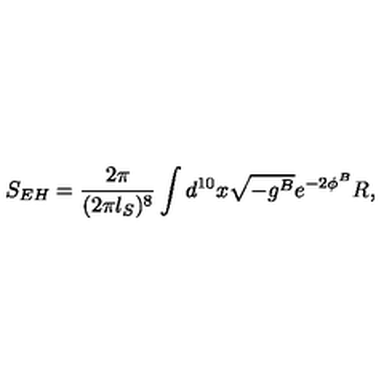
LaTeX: { S _ { E H } = { \frac { 2 \pi } { ( 2 \pi l _ { S } ) ^ { 8 } } } \int d ^ { 1 0 } x \sqrt { - g ^ { B } } e ^ { - 2 \phi ^ { B } } R , }